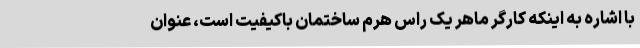
با اشاره به اینکه کارگر ماهر یک راس هرم ساختمان باکیفیت است، عنوان